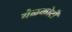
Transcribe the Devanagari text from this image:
येळकोटी